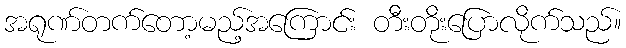
အရုဏ်တက်တော့မည့်အကြောင်း တီးတိုးပြောလိုက်သည်။